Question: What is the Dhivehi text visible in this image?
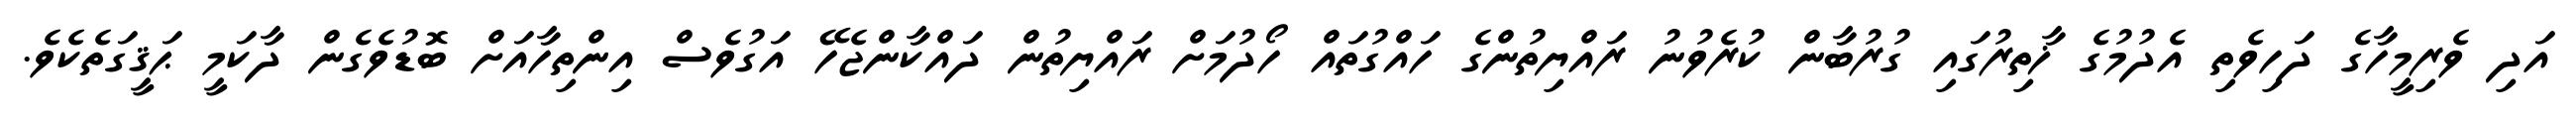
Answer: އަދި ވެރިމީހާގެ ދަހިވެތި އެދުމުގެ ޚާތިރުގައި ގުރުބާން ކުރެވުނު ރައްޔިތުންގެ ހައްގުތައް ހޯދުމަށް ރައްޔިތުން ދައްކާންޖެހޭ އަގުވެސް އިންތިހާއަށް ބޮޑުވެގެން ދާކަމީ ޙަޤީގަތެކެވެ.